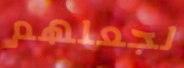
لجعلهم